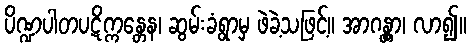
ပိဏ္ဍပါတပဋိက္ကန္တေန၊ ဆွမ်းခံရွာမှ ဖဲခဲ့သဖြင့်။ အာဂန္တွာ၊ လာ၍။